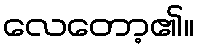
လေတော့၏။